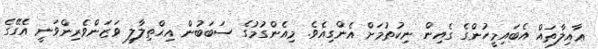
ޢާއިލާތައް އެބައިމީހުންގެ ގެއިން ނިކުތުމަށް އެންގިއެވެ. މިއެންގުމުގެ ސަބަބުން އިޙްތިލާލީ ވަޒަންވެރިންވަނީ އެގޭގެ